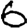
Digit: 6